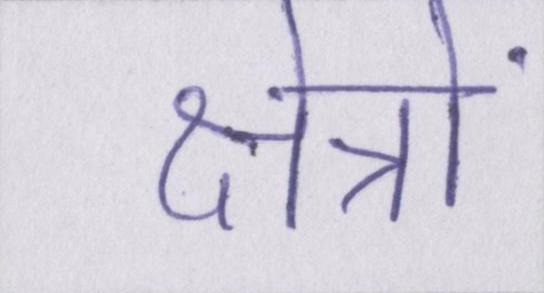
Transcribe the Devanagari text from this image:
क्षेत्रों